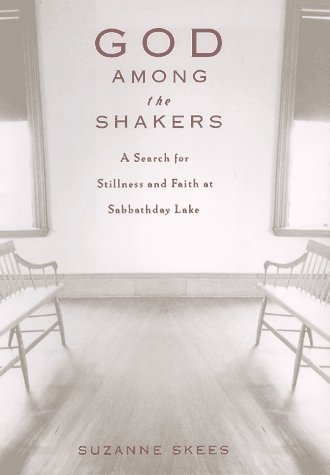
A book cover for God Among the Shakers: The Search for Stillness and Faith at Sabbathday Lake; Suzanne Skees; Christian Books & Bibles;